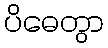
ပိဓေတွာ